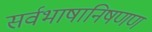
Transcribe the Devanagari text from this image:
सर्वभाषानिषणण